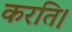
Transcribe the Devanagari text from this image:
करति।